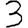
Digit: 3